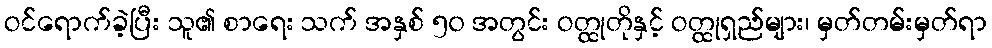
ဝင်ရောက်ခဲ့ပြီး သူ၏ စာရေး သက် အနှစ် ၅၀ အတွင်း ဝတ္ထုတိုနှင့် ဝတ္ထုရှည်များ၊ မှတ်တမ်းမှတ်ရာ